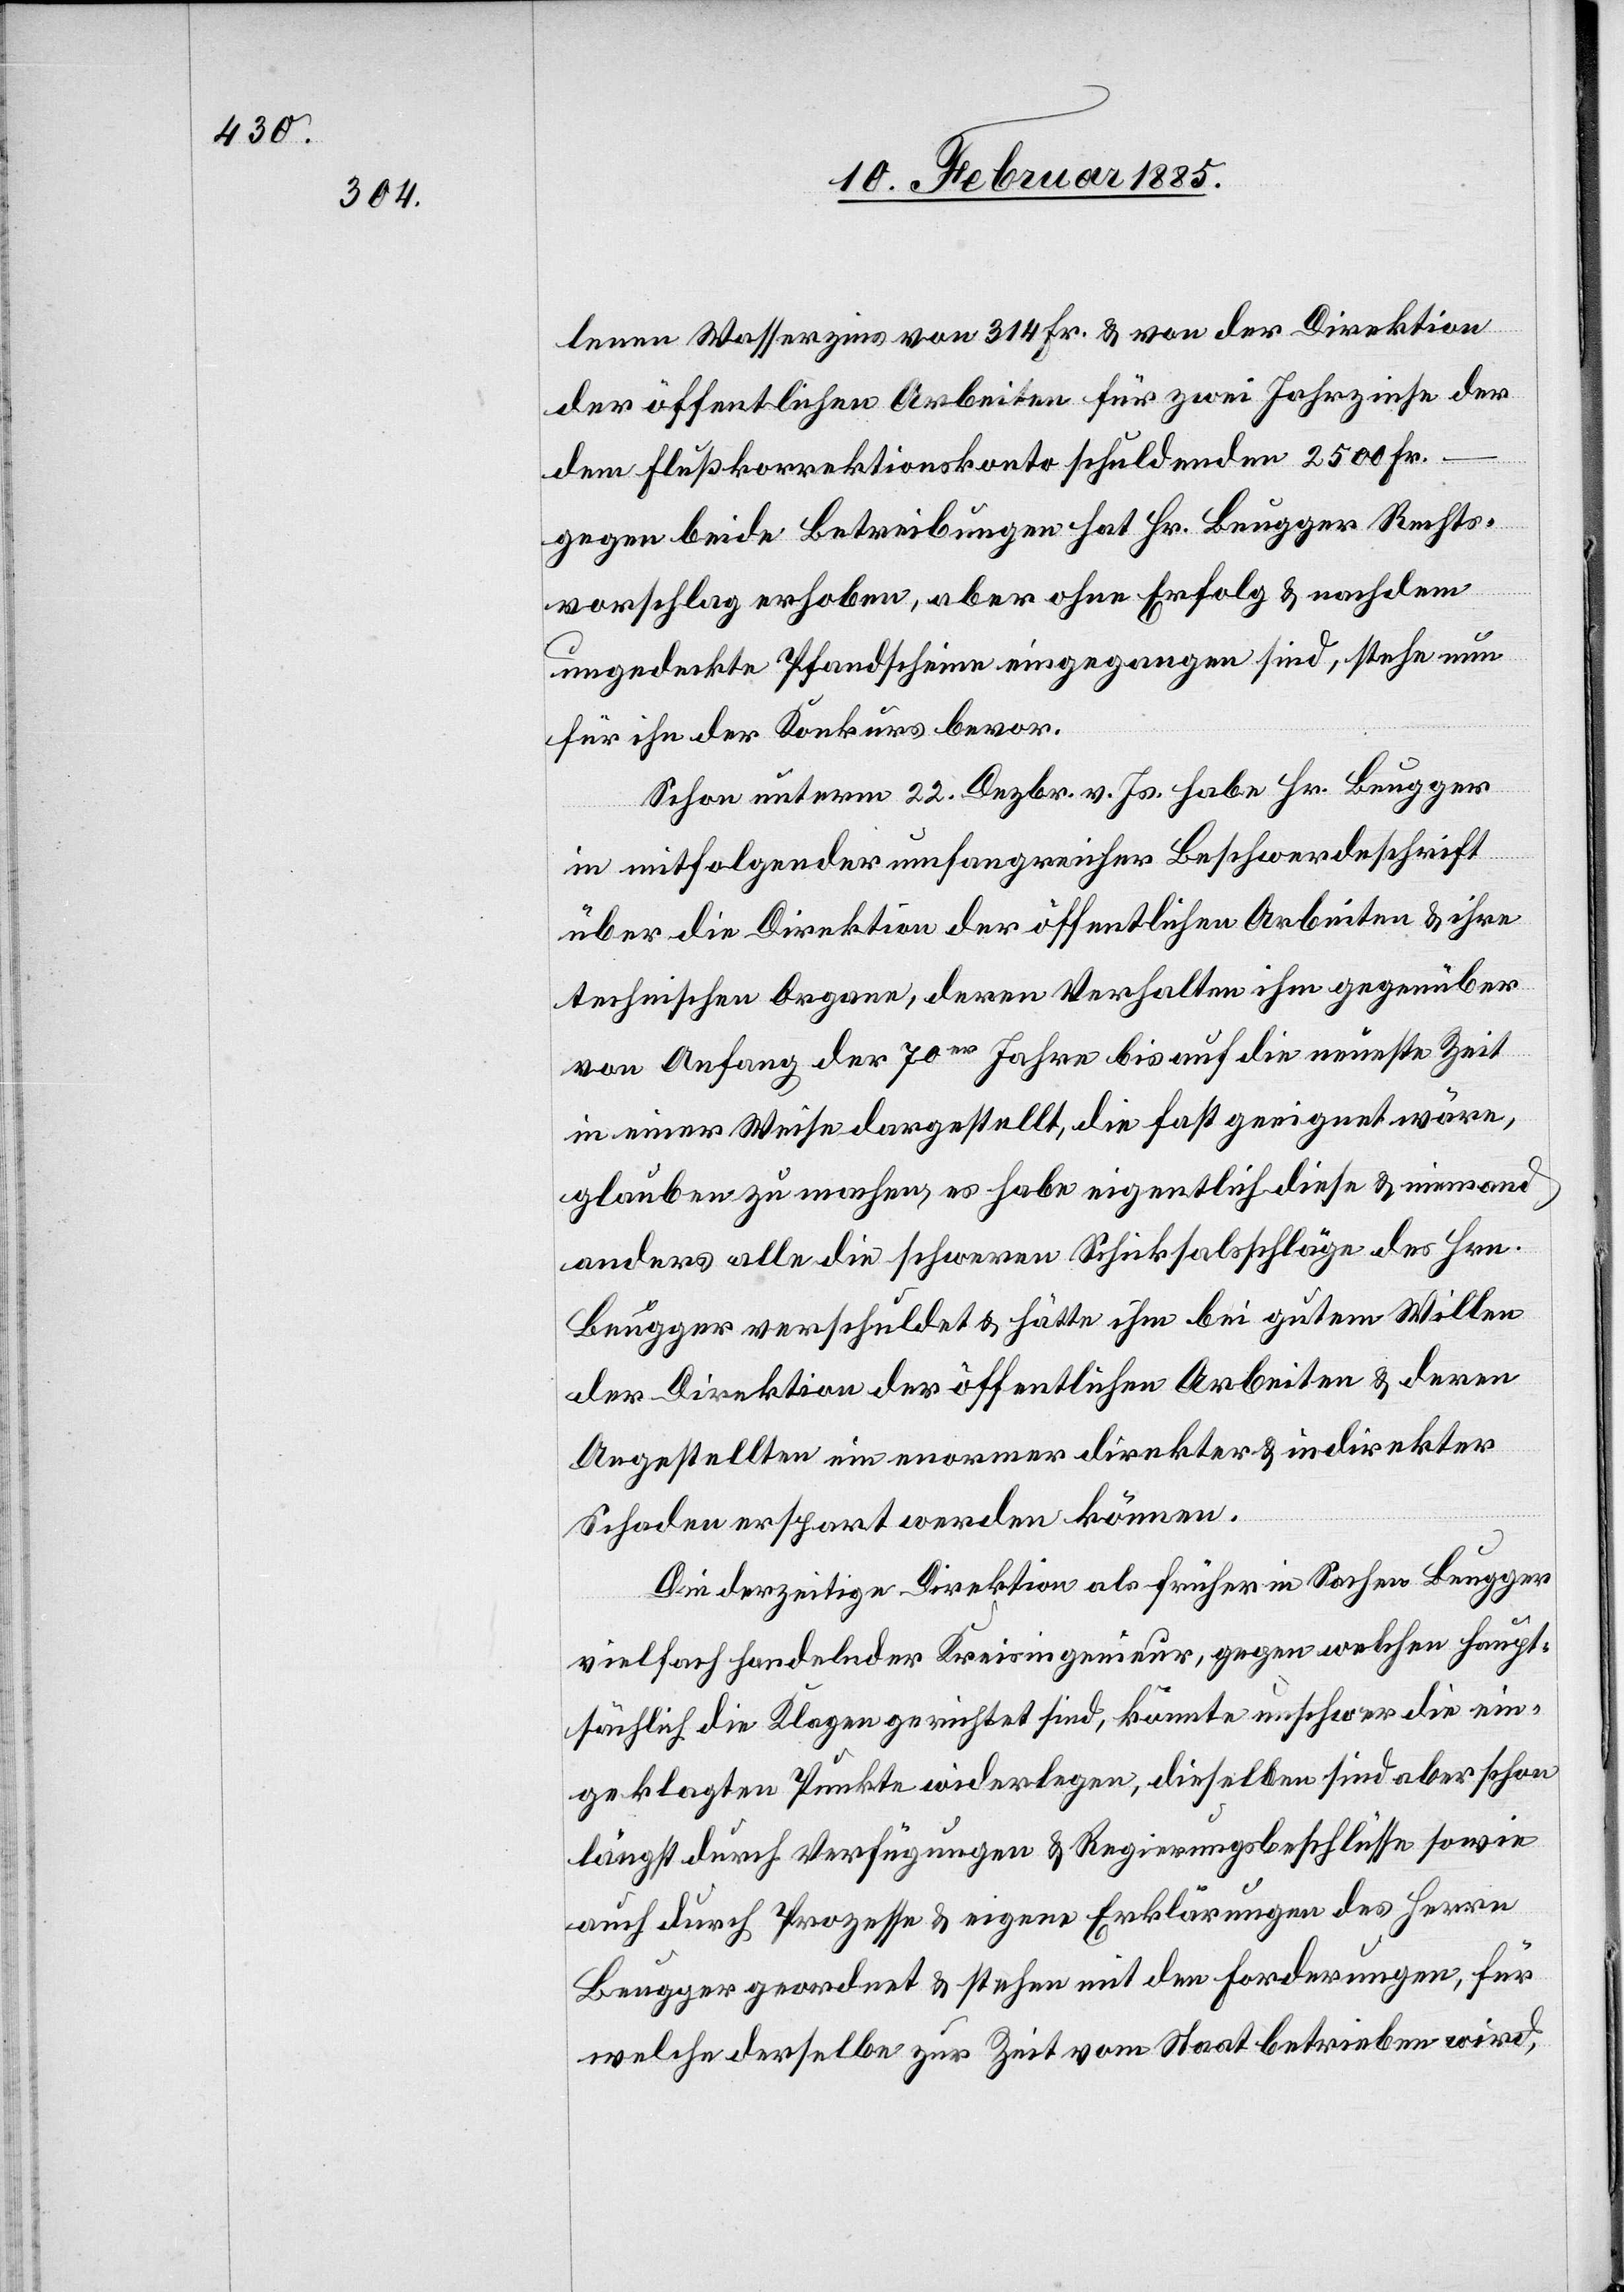
lenen Wasserzins von 314 Fr. & von der Direktion
der öffentlichen Arbeiten für zwei Jahrzinse der
dem Flußkorrektionskonto schuldenden 2500 Fr.
gegen beide Betreibungen hat Hr. Beugger Rechts¬
vorschlag erhoben, aber ohne Erfolg & nachdem
ungedeckte Pfandscheine eingegangen sind, stehe nun
für ihn der Konkurs bevor.
Schon unterm 22. Dezbr. v. Js. habe Hr. Beugger
in mitfolgender umfangreicher Beschwerdeschrift
über die Direktion der öffentlichen Arbeiten & ihre
technischen Organe, deren Verhalten ihm gegenüber
von Anfang der 70er Jahre bis auf die neueste Zeit
in einer Weise dargestellt, die fast geeignet wäre,
glauben zu machen, es habe eigentlich diese & niemand
anders alle die schweren Schicksalsschläge des Hrn.
Beugger verschuldet & hätte ihm bei gutem Willen
der Direktion der öffentlichen Arbeiten & deren
Angestellten ein enormer direkter & indirekter
Schaden erspart werden können.
Die derzeitige Direktion als früher in Sachen Beugger
vielfach handelnder Kreisingenieur, gegen welchen haupt¬
sächlich die Klagen gerichtet sind, könnte unschwer die ein¬
geklagten Punkte widerlegen, dieselben sind aber schon
längst durch Verfügungen & Regierungsbeschlüsse sowie
auch durch Prozesse & eigene Erklärungen des Herrn
Beugger geordnet & stehen mit den Forderungen, für
welche derselbe zur Zeit vom Staat betrieben wird,